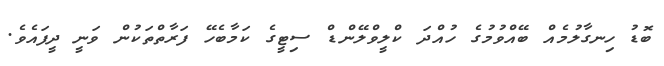
ބޮޑު ހިނގާލުމެއް ބޭއްވުމުގެ ހުއްދަ ކްލީވްލޭންޑް ސިޓީގެ ކަމާބެހޭ ފަރާތްތަކުން ވަނީ ދީފައެވެ.